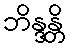
ဘိန္ဒန္တိ